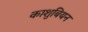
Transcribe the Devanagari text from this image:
काशुबियन